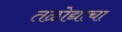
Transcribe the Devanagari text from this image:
तळोद्याचा